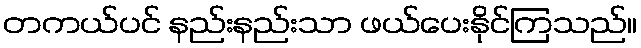
တကယ်ပင် နည်းနည်းသာ ဖယ်ပေးနိုင်ကြသည်။